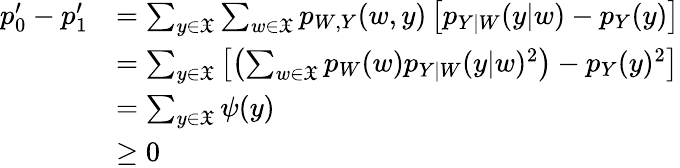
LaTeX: \begin{array}{rl}{p_{0}^{\prime}-p_{1}^{\prime}}&{=\sum_{y\in\mathfrak{X}}\sum_{w\in\mathfrak{X}}p_{W,Y}(w,y)\left[p_{Y|W}(y|w)-p_{Y}(y)\right]}\\ &{=\sum_{y\in\mathfrak{X}}\left[\left(\sum_{w\in\mathfrak{X}}p_{W}(w)p_{Y|W}(y|w)^{2}\right)-p_{Y}(y)^{2}\right]}\\ &{=\sum_{y\in\mathfrak{X}}\psi(y)}\\ &{\ge 0}\end{array}